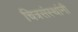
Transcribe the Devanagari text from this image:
चित्रसंस्थांनी